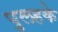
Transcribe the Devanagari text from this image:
पुलहके